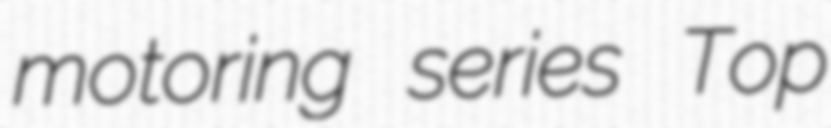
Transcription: motoring series Top